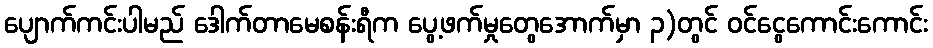
ပျောက်ကင်းပါမည် ဒေါက်တာမေစန်းရီက ပွေ့ဖက်မှုတွေအောက်မှာ ၃)တွင် ဝင်ငွေကောင်းကောင်း